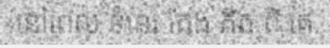
នៅពេល ទំនេរ តែង គិត ពី គេ